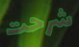
شرحت